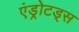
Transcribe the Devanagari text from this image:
एंड्रोटड्स